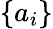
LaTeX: \left\{ a_{i}\right\}